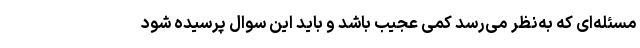
مسئله‌ای که به‌نظر می‌رسد کمی عجیب باشد و باید این سوال پرسیده شود